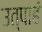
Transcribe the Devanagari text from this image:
उत्पाहं